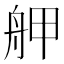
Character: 舺